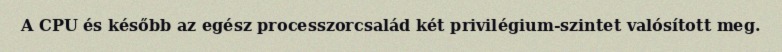
A CPU és később az egész processzorcsalád két privilégium-szintet valósított meg.